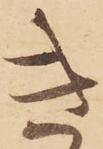
き